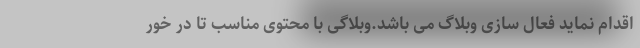
اقدام نماید فعال سازی وبلاگ می باشد.وبلاگی با محتوی مناسب تا در خور